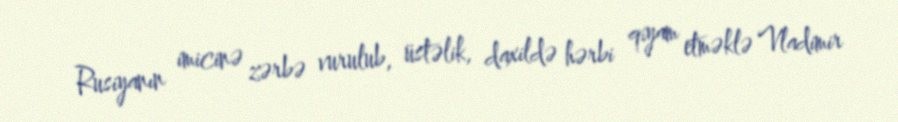
Rusiyanın imicinə zərbə vurulub, üstəlik, daxildə hərbi qiyam etməklə Vladimir